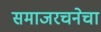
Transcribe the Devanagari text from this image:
समाजरचनेचा